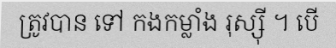
ត្រូវបាន ទៅ កងកម្លាំង រុស្ស៊ី ។ បើ